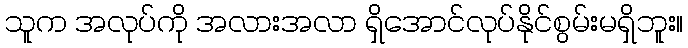
သူက အလုပ်ကို အလားအလာ ရှိအောင်လုပ်နိုင်စွမ်းမရှိဘူး။